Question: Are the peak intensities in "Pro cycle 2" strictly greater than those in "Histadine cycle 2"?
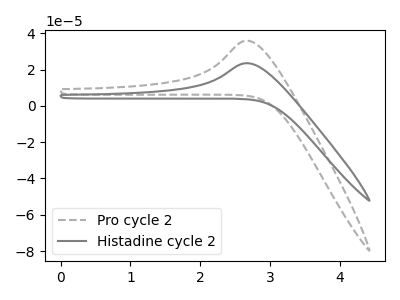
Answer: <think>The gray dashed curve "Pro cycle 2" has an anodic peak at: (2.65V, 35.95uA). The gray curve "Histadine cycle 2" has an anodic peak at: (2.65V, 23.50uA).</think>
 <answer>Every peak in "Pro cycle 2" is higher than every peak in "Histadine cycle 2".</answer>
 <eval>higher</eval>